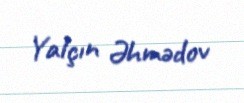
Yalçın Əhmədov